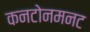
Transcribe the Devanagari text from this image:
कनटोनमनट